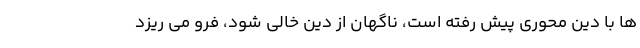
ها با دین محوری پیش رفته است، ناگهان از دین خالی شود، فرو می ریزد